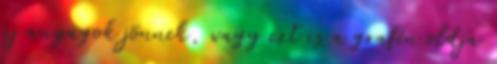
új anyagok jönnek, vagy ezt is a grafén oldja